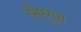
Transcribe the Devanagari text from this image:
निरगुन